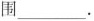
围___.